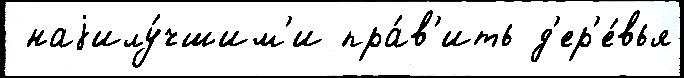
 наjилу́чшим'и пра́в'ить д'ер'е́вья